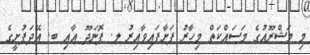
މި މަޝްރޫއުގެ މަސައްކަތް މިހާރު ފަށާފައިވާއިރު ލ. ފޮނަދޫ އާއި ބ. އޭދަފުށީގެ